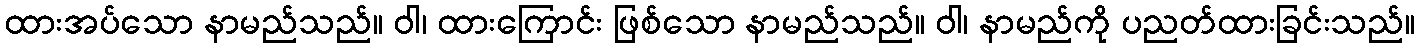
ထားအပ်သော နာမည်သည်။ ဝါ၊ ထားကြောင်း ဖြစ်သော နာမည်သည်။ ဝါ၊ နာမည်ကို ပညတ်ထားခြင်းသည်။